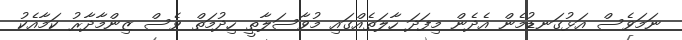
ނަމަވެސް އަޅުގަނޑުމެން އެދެން މިފަދަ ހާލަތެއްގައި މުވާސަލާތީ ހިދުމަތް ވެސް ޒިންމާދާރު ކަމާއެކު